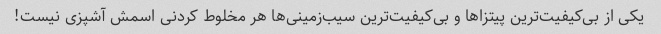
یکی از بی‌کیفیت‌ترین پیتزاها و بی‌کیفیت‌ترین سیب‌زمینی‌ها هر مخلوط کردنی اسمش آشپزی نیست!